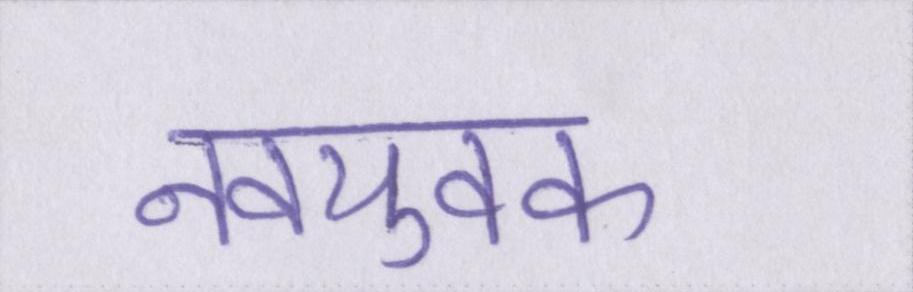
नवयुवक